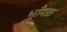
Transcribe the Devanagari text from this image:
भाँगङा